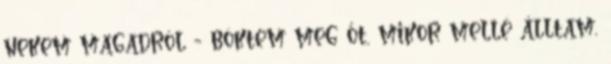
nekem magadról - böktem meg őt, mikor mellé álltam,